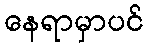
နေရာမှာပင်